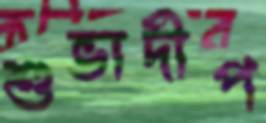
শুভাদীপ